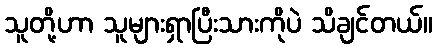
သူတို့ဟာ သူများရှာပြီးသားကိုပဲ သိချင်တယ်။